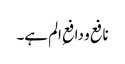
نافع و دافعِ الم ہے۔